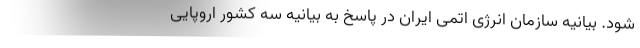
شود. بيانيه سازمان انرژی اتمی ايران در پاسخ به بيانيه سه كشور اروپايی